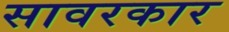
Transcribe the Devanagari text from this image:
सावरकार